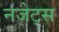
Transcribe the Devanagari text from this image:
नजेट्स